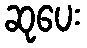
ဆုပေး